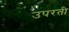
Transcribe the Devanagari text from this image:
उपरती